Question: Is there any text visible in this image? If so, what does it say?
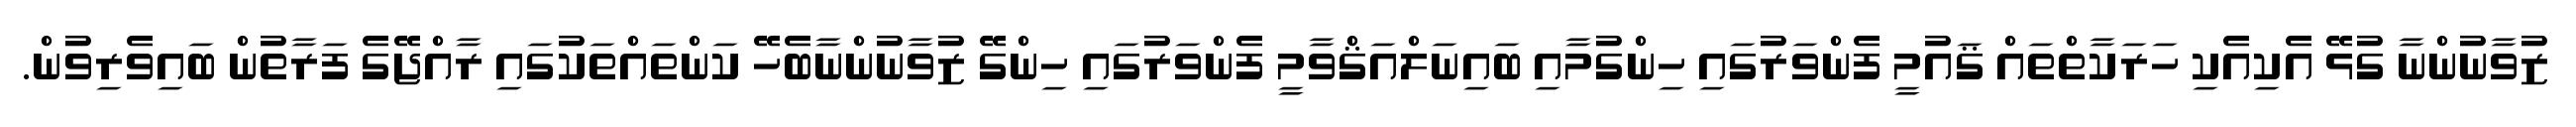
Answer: ޒުވާނުންނާ ގުޅޭ އެކިއެކި ހަރަކާތްތައް ޤައުމީ ފެންވަރުގައި ހިންގުމާއި ބައިނަލްއަޤްވާމީ ފެންވަރުގައި ހިންގޭ ޒުވާނުންނާބެހޭ ކަންތައްތަކުގައި ރާއްޖޭގެ ފަރާތުން ބައިވެރިވުން.